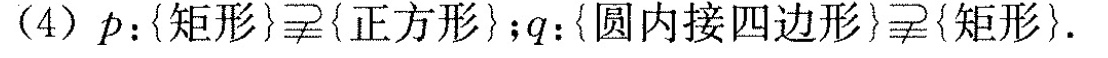
(4)$$p ： { 矩 形 } \supsetneqq { 正 方 形 }$$；$$q ： { 圆 内 接 四 边 形 } \supsetneqq { 矩 形 }$$.